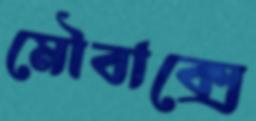
মৌবাক্সে